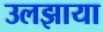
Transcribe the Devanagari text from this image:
उलझाया